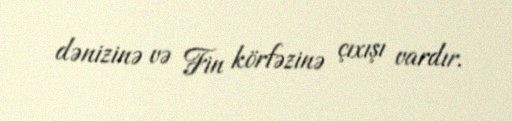
dənizinə və Fin körfəzinə çıxışı vardır.